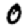
Digit: 0